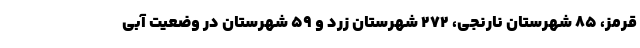
قرمز، ۸۵ شهرستان نارنجی، ۲۷۲ شهرستان زرد و ۵۹ شهرستان در وضعیت آبی